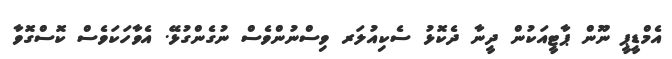
އެމްޑީޕީ ނޫން ޕާޓީއަކުން ދީނާ ދެކޮޅު ސެކިއުލަރ ވިސްނުންވެސް ނުގެންގުޅޭ. އެވާހަކަވެސް ކޮސްގޮވާ